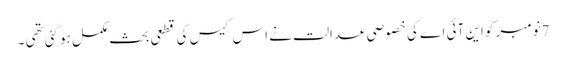
7نومبر کو این آئی اے کی خصوصی عدالت نے اس کیس کی قطعی بحث مکمل ہوگئی تھی ۔